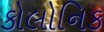
કોલોનિક